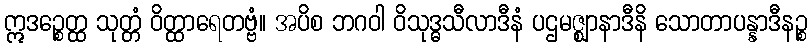
ဣဒဉ္စေတ္ထ သုတ္တံ ဝိတ္ထာရေတဗ္ဗံ။ အပိစ ဘဂဝါ ဝိသုဒ္ဓသီလာဒီနံ ပဌမဇ္ဈာနာဒီနိ သောတာပန္နာဒီနဉ္စ